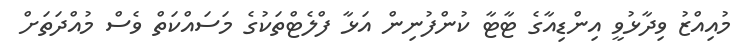
މުއިއްޒު ވިދާޅުވީ އިންޑިއާގެ ޓާޓާ ކުންފުނިން އަޅާ ފްލެޓްތަކުގެ މަސައްކަތް ވެސް މުއްދަތަށް